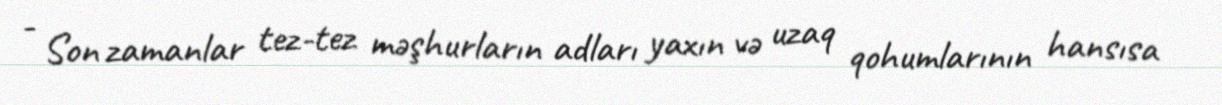
- Son zamanlar tez-tez məşhurların adları yaxın və uzaq qohumlarının hansısa